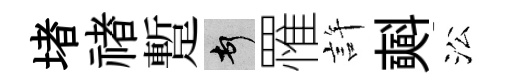
堵禇蹔頓罹許𣂏㳂